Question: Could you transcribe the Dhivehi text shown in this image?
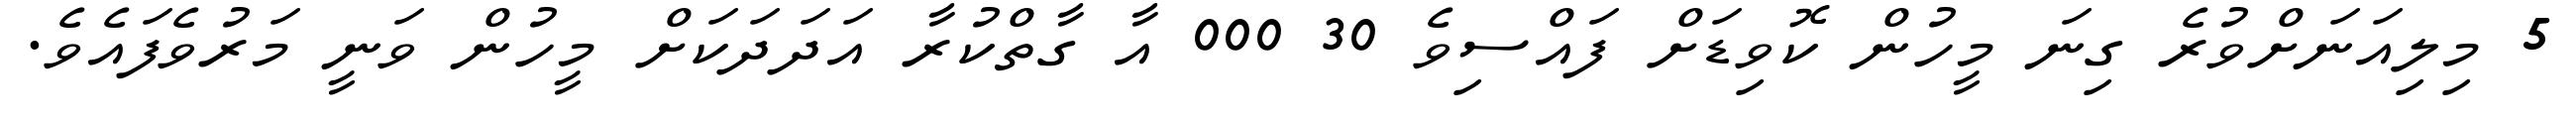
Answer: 5 މިލިއަނަށްވުރެ ގިނަ މީހުން ކޮވިޑަށް ފައްސިވެ 30 000 އާ ގާތްކުރާ އަދަދަކަށް މީހުން ވަނީ މަރުވެފައެވެ.